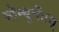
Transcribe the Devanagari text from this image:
मोन्यूमेंटस्